Structure of Hæmatopota pluvialis (Meigen) - Number 55
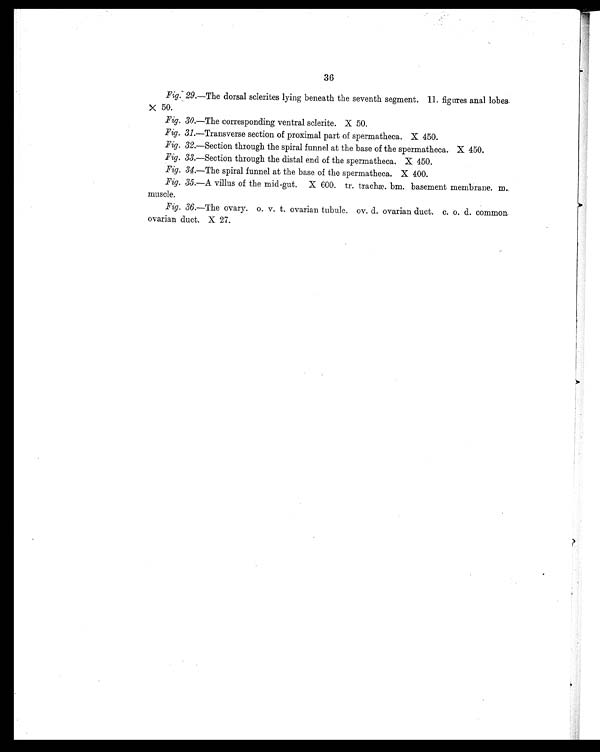
36
Fig. 29.—The dorsal sclerites lying beneath the seventh segment. 11. figures anal lobes
X 50.
Fig. 30.—The corresponding ventral sclerite. X 50.
Fig. 31.—Transverse section of proximal part of spermatheca. X 450.
Fig. 32.—Section through the spiral funnel at the base of the spermatheca. X 450.
Fig. 33.—Section through the distal end of the spermatheca. X 450.
Fig. 34.—The spiral funnel at the base of the spermatheca. X 400.
Fig. 35.—A villus of the mid-gut. X 600. tr. trachæ. bm. basement membrane. m.
muscle.
Fig. 36.—The ovary. o. v. t. ovarian tubule. ov. d. ovarian duct. c. o. d. common
ovarian duct. X 27.